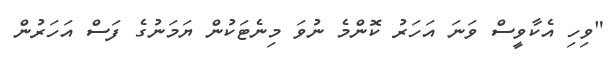
"ވިހި އެކާވީސް ވަނަ އަހަރު ކޮންމެ ނުވަ މިނެޓަކުން ޔަމަނުގެ ފަސް އަހަރުން